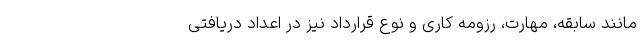
مانند سابقه، مهارت، رزومه کاری و نوع قرارداد نیز در اعداد دریافتی